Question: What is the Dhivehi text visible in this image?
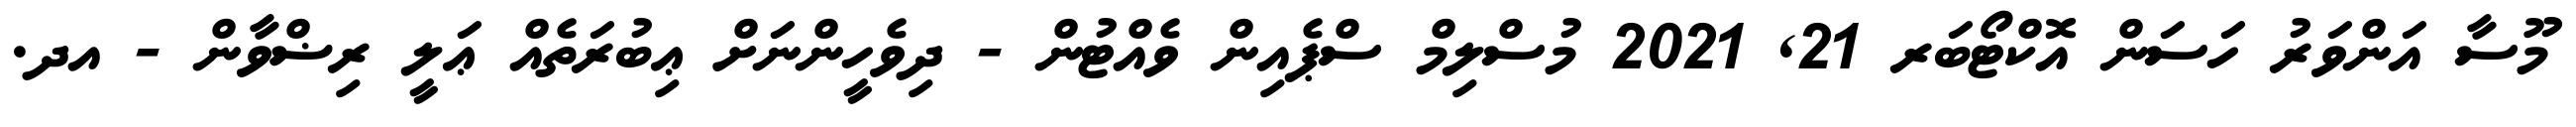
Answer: މޫސާ އަންވަރު ހަސަން އޮކްޓޯބަރ 21, 2021 މުސްލިމް ސްޕެއިން ވެއްޓުން - ދިވެހީންނަށް ޢިބުރަތެއް ޢަލީ ރިޟްވާން - އދ.